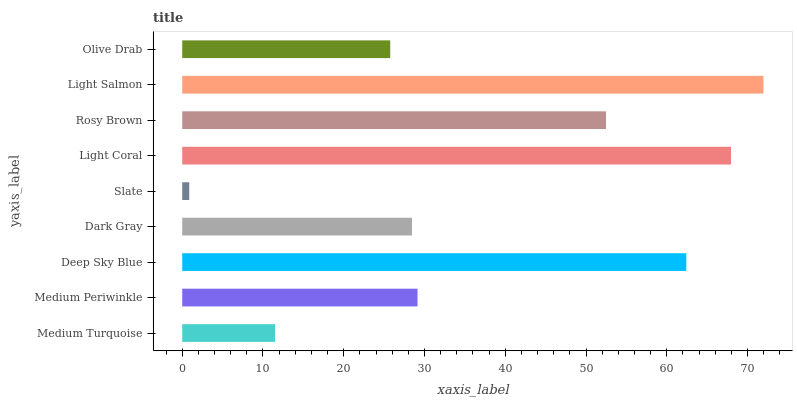
| yaxis_label | bars |
 | --- | --- |
 | Medium Turquoise | 11.5 |
 | Medium Periwinkle | 29.1 |
 | Deep Sky Blue | 62.4 |
 | Dark Gray | 28.4 |
 | Slate | 0.869 |
 | Light Coral | 67.9 |
 | Rosy Brown | 52.5 |
 | Light Salmon | 72 |
 | Olive Drab | 25.8 |